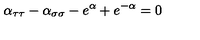
\alpha _ { \tau \tau } - \alpha _ { \sigma \sigma } - e ^ { \alpha } + e ^ { - \alpha } = 0